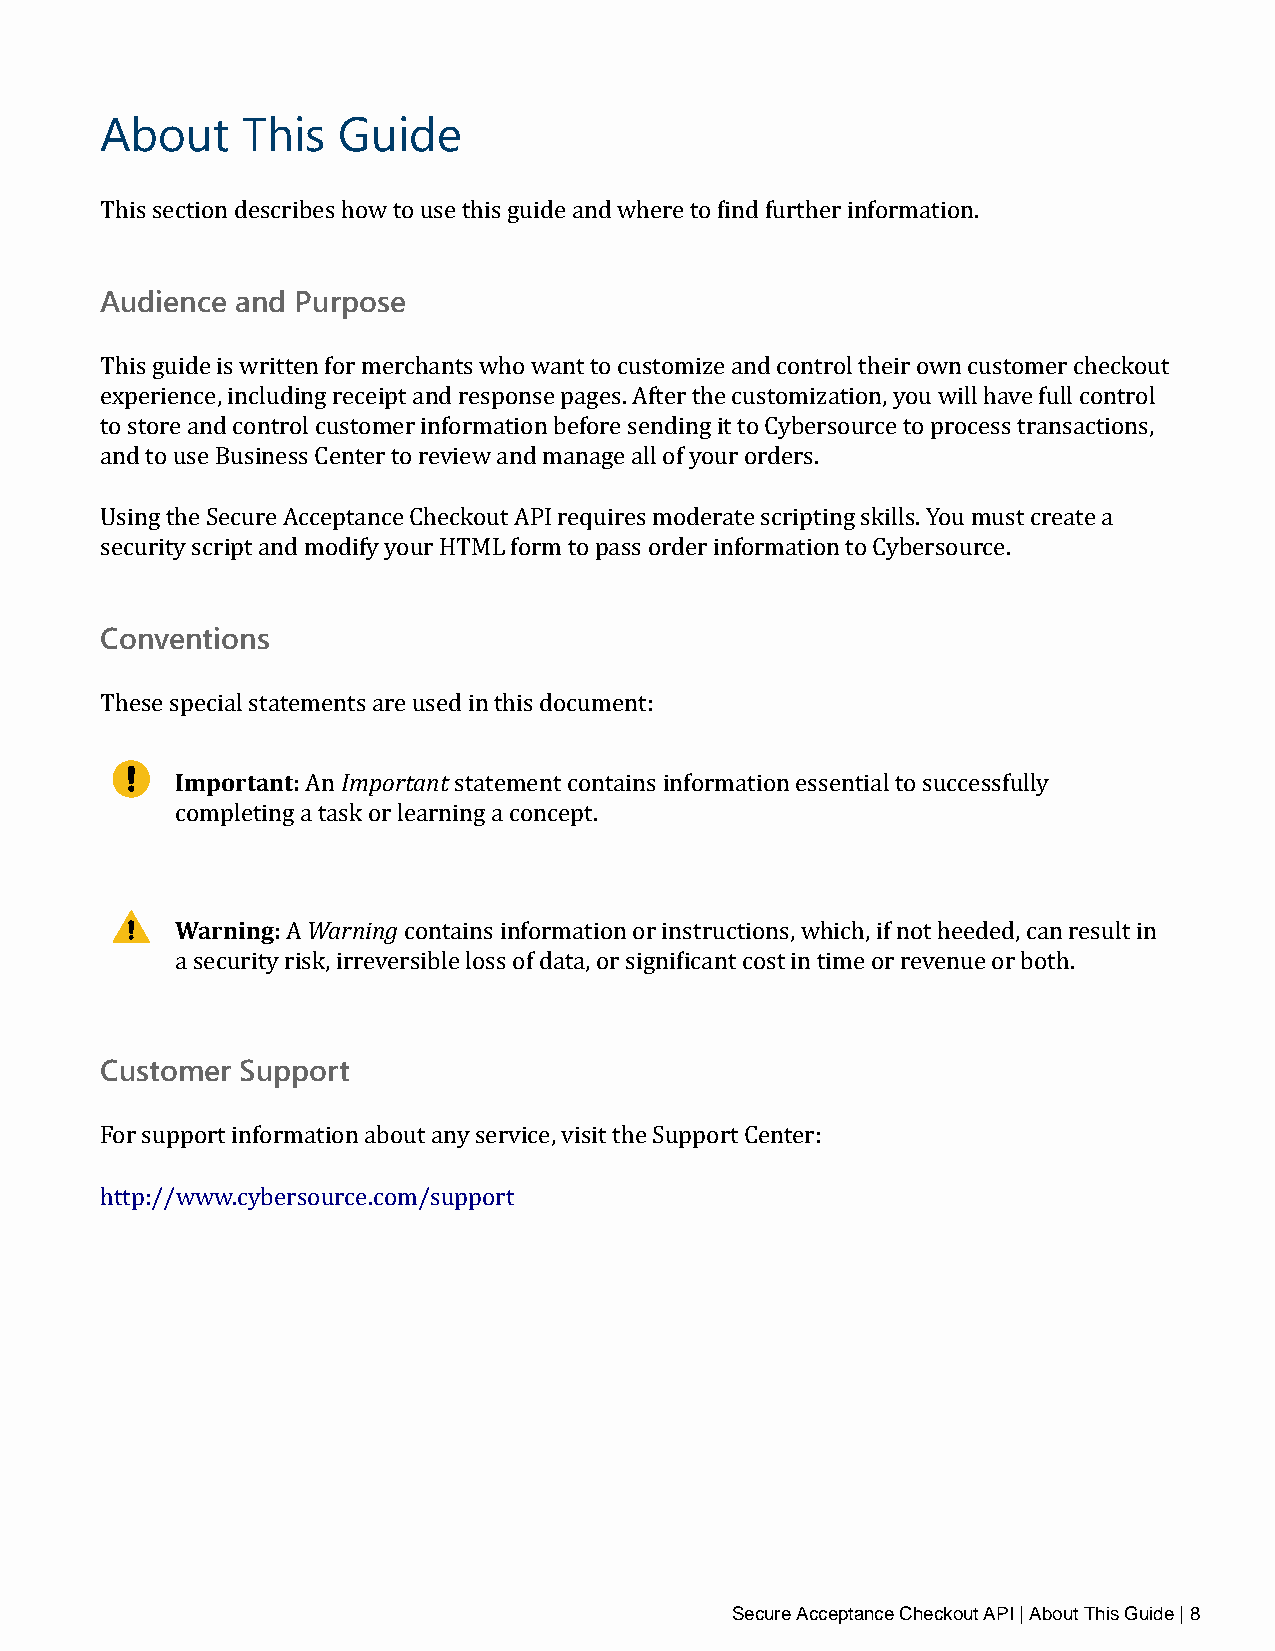
About    This  Guide
 This section describes how to use this guide and where to find further information.
 Audience and Purpose
 This guide is written for merchants who want to customize and control their own customer checkout
 experience, including receipt and response pages. After the customization, you will have full control
 to store and control customer information before sending it to Cybersource to process transactions,
 and to use Business Center to review and manage all of your orders.
 Using the Secure Acceptance Checkout API requires moderate scripting skills. You must create a
 security script and modify your HTML form to pass order information to Cybersource.
 Conventions
 These special statements are used in this document:
 Important: Important
 An        statement contains information essential to successfully
 completing a task or learning a concept.
 Warning: Warning
 A       contains information or instructions, which, if not heeded, can result in
 a security risk, irreversible loss of data, or significant cost in time or revenue or both.
 Customer Support
 For support information about any service, visit the Support Center:
 http://www.cybersource.com/support
 Secure Acceptance Checkout API | About This Guide | 8